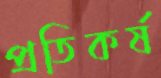
প্রতিকর্ষ